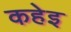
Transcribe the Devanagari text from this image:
कहेइ